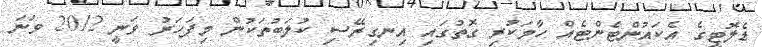
ޑެލޮޓީގެ އެކައުންޓެންޓެއް ހާމަކުރި ގޮތުގައި އިނގިރޭސި ކުލަބުތަކުން މިފަހަރު ވަނީ 2012 ވަނަ